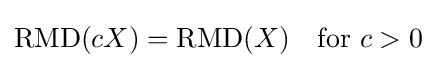
\mathrm {RMD} (cX)=\mathrm {RMD} (X)\quad {\text{for }}c>0